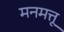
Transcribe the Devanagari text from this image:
मनमत्तू